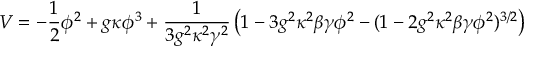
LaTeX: V = - \frac { 1 } { 2 } \phi ^ { 2 } + g \kappa \phi ^ { 3 } + \frac { 1 } { 3 g ^ { 2 } \kappa ^ { 2 } \gamma ^ { 2 } } \left( 1 - 3 g ^ { 2 } \kappa ^ { 2 } \beta \gamma \phi ^ { 2 } - ( 1 - 2 g ^ { 2 } \kappa ^ { 2 } \beta \gamma \phi ^ { 2 } ) ^ { 3 / 2 } \right)